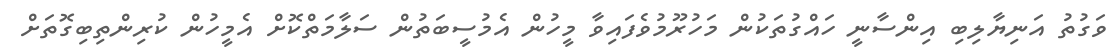
ވަގުތު އަނިޔާލިބި އިންސާނީ ހައްގުތަކުން މަހުރޫމުވެފައިވާ މީހުން އެމުސީބަތުން ސަލާމަތްކޮށް އެމީހުން ކުރިންތިބިގޮތަށް